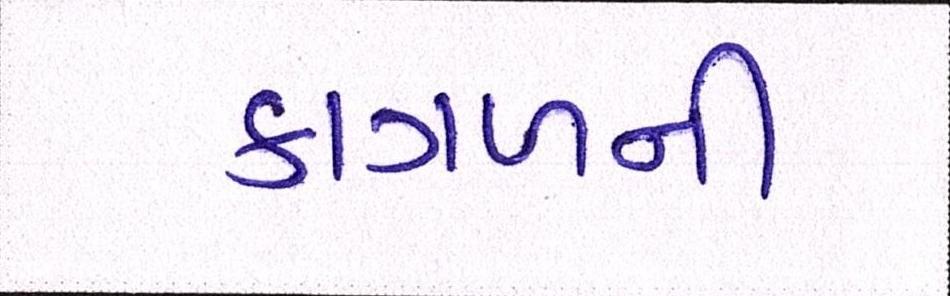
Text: કાગળની